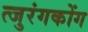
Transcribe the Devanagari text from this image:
त्जुरंगकोंग